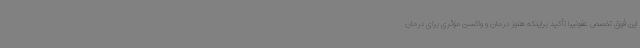
این فوق تخصص عفونیبا تأکید براینکه هنوز درمان و واکسن مؤثری برای درمان